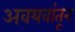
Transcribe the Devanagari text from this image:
अवयवांतून